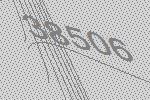
38506